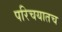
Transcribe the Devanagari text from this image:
परिचयातच